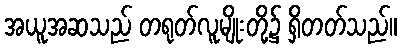
အယူအဆသည် တရုတ်လူမျိုးတို့၌ ရှိတတ်သည်။